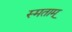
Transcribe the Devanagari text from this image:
स्मताम्